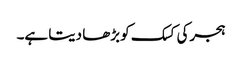
ہجرکی کسک کو بڑھا دیتا ہے۔